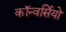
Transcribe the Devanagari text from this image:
कॉन्वर्सियो